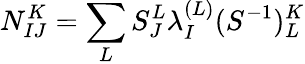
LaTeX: N_{IJ}^{K}=\sum_{L}S_{J}^{L}\lambda_{I}^{(L)}(S^{-1})_{L}^{K}